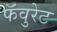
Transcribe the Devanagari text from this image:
फॅवुरेट